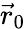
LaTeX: {\vec{r}}_{0}